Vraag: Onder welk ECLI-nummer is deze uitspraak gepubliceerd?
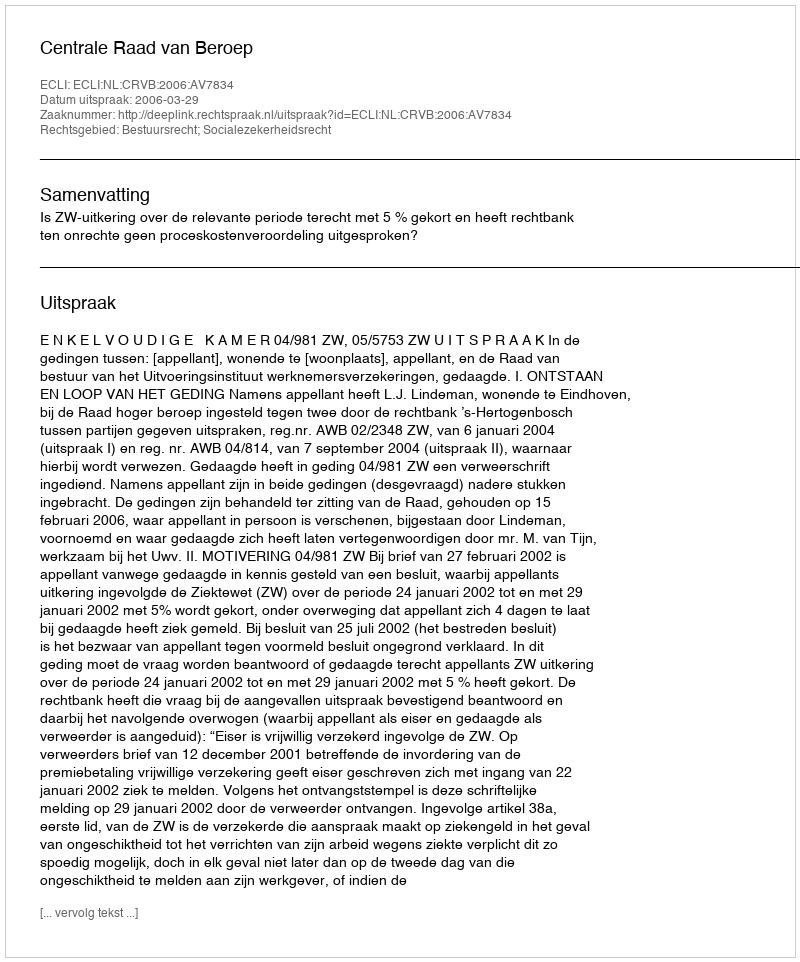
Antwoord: ECLI:NL:CRVB:2006:AV7834